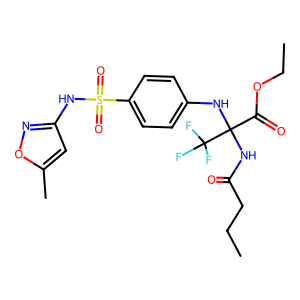
SMILES: CCCC(=O)NC(Nc1ccc(S(=O)(=O)Nc2cc(C)on2)cc1)(C(=O)OCC)C(F)(F)F
Inhibits HIV replication: No